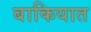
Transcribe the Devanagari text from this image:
बाकियात